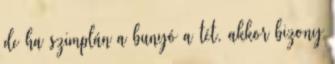
de ha szimplán a bunyó a tét, akkor bizony